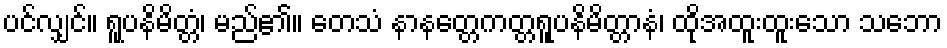
ပင်လျှင်။ ရူပနိမိတ္တံ၊ မည်၏။ တေသံ နာနတ္တေကတ္တရူပနိမိတ္တာနံ၊ ထိုအထူးထူးသော သဘော